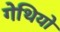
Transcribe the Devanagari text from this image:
गेथियो